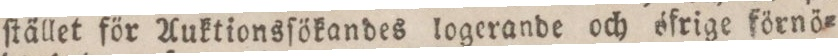
ſtället för Auktionsſökandes logerande och öfrige förnö=